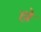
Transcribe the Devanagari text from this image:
हाे